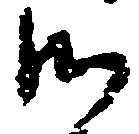
御